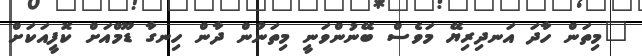
"މިތަން ހާދަ އަނދިރިޔޭ މަވެސް ބޭނުންވަނީ މިތަނުން ދާން ހިނގާ ޑޫމްއަށް ކޮފީއަކަށް